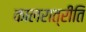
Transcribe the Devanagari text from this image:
कालरात्रीति